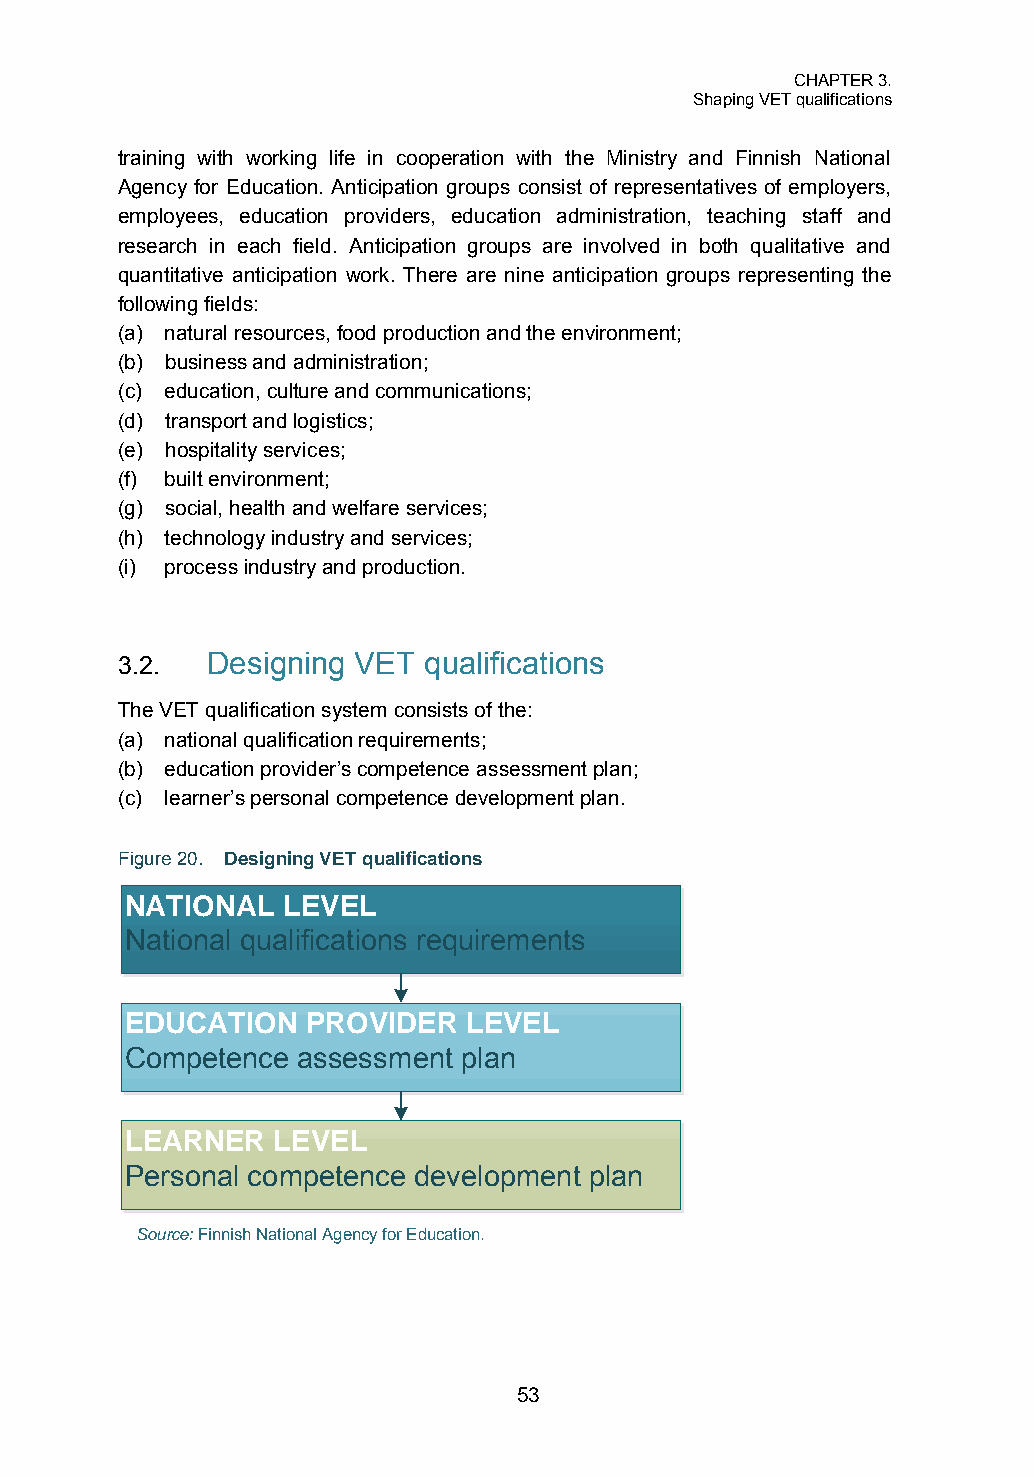
CHAPTER 3.
 Shaping VET qualifications
 training with working life in cooperation with the Ministry and Finnish National
 Agency for Education. Anticipation groups consist of representatives of employers,
 employees, education providers, education administration, teaching staff and
 research in each field. Anticipation groups are involved in both qualitative and
 quantitative anticipation work. There are nine anticipation groups representing the
 following fields:
 (a) natural resources, food production and the environment;
 (b) business and administration;
 (c) education, culture and communications;
 (d) transport and logistics;
 (e) hospitality services;
 (f) built environment;
 (g) social, health and welfare services;
 (h) technology industry and services;
 (i) process industry and production.
 3.2.  Designing VET qualifications
 The VET qualification system consists of the:
 (a) national qualification requirements;
 (b) education provider’s competence assessment plan;
 (c) learner’s personal competence development plan.
 Figure 20. Designing VET qualifications
 NATIONAL   LEVEL
 National qualifications requirements
 EDUCATION   PROVIDER   LEVEL
 Competence  assessment plan
 LEARNER   LEVEL
 Personal competence development plan
 Source: Finnish National Agency for Education.
 53